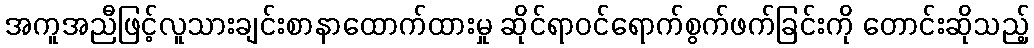
အကူအညီဖြင့်လူသားချင်းစာနာထောက်ထားမှု ဆိုင်ရာဝင်ရောက်စွက်ဖက်ခြင်းကို တောင်းဆိုသည့်